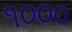
૧૦૦૦